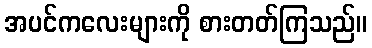
အပင်ကလေးများကို စားတတ်ကြသည်။